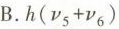
B.$$h(v_{5}+v_{6})$$